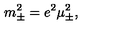
m _ { \pm } ^ { 2 } = e ^ { 2 } \mu _ { \pm } ^ { 2 } ,